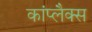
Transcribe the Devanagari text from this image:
कांप्लैक्स